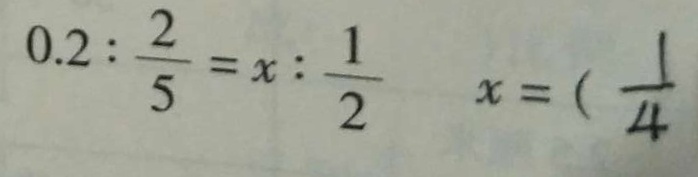
0 . 2 : \frac { 2 } { 5 } = x : \frac { 1 } { 2 } x = ( \frac { 1 } { 4 }